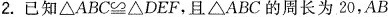
2. 已知$$△ A B C ≌ △ D E F$$，且△ABC的周长为20，$$A B